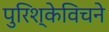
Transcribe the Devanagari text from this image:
पुरिश्केविचने